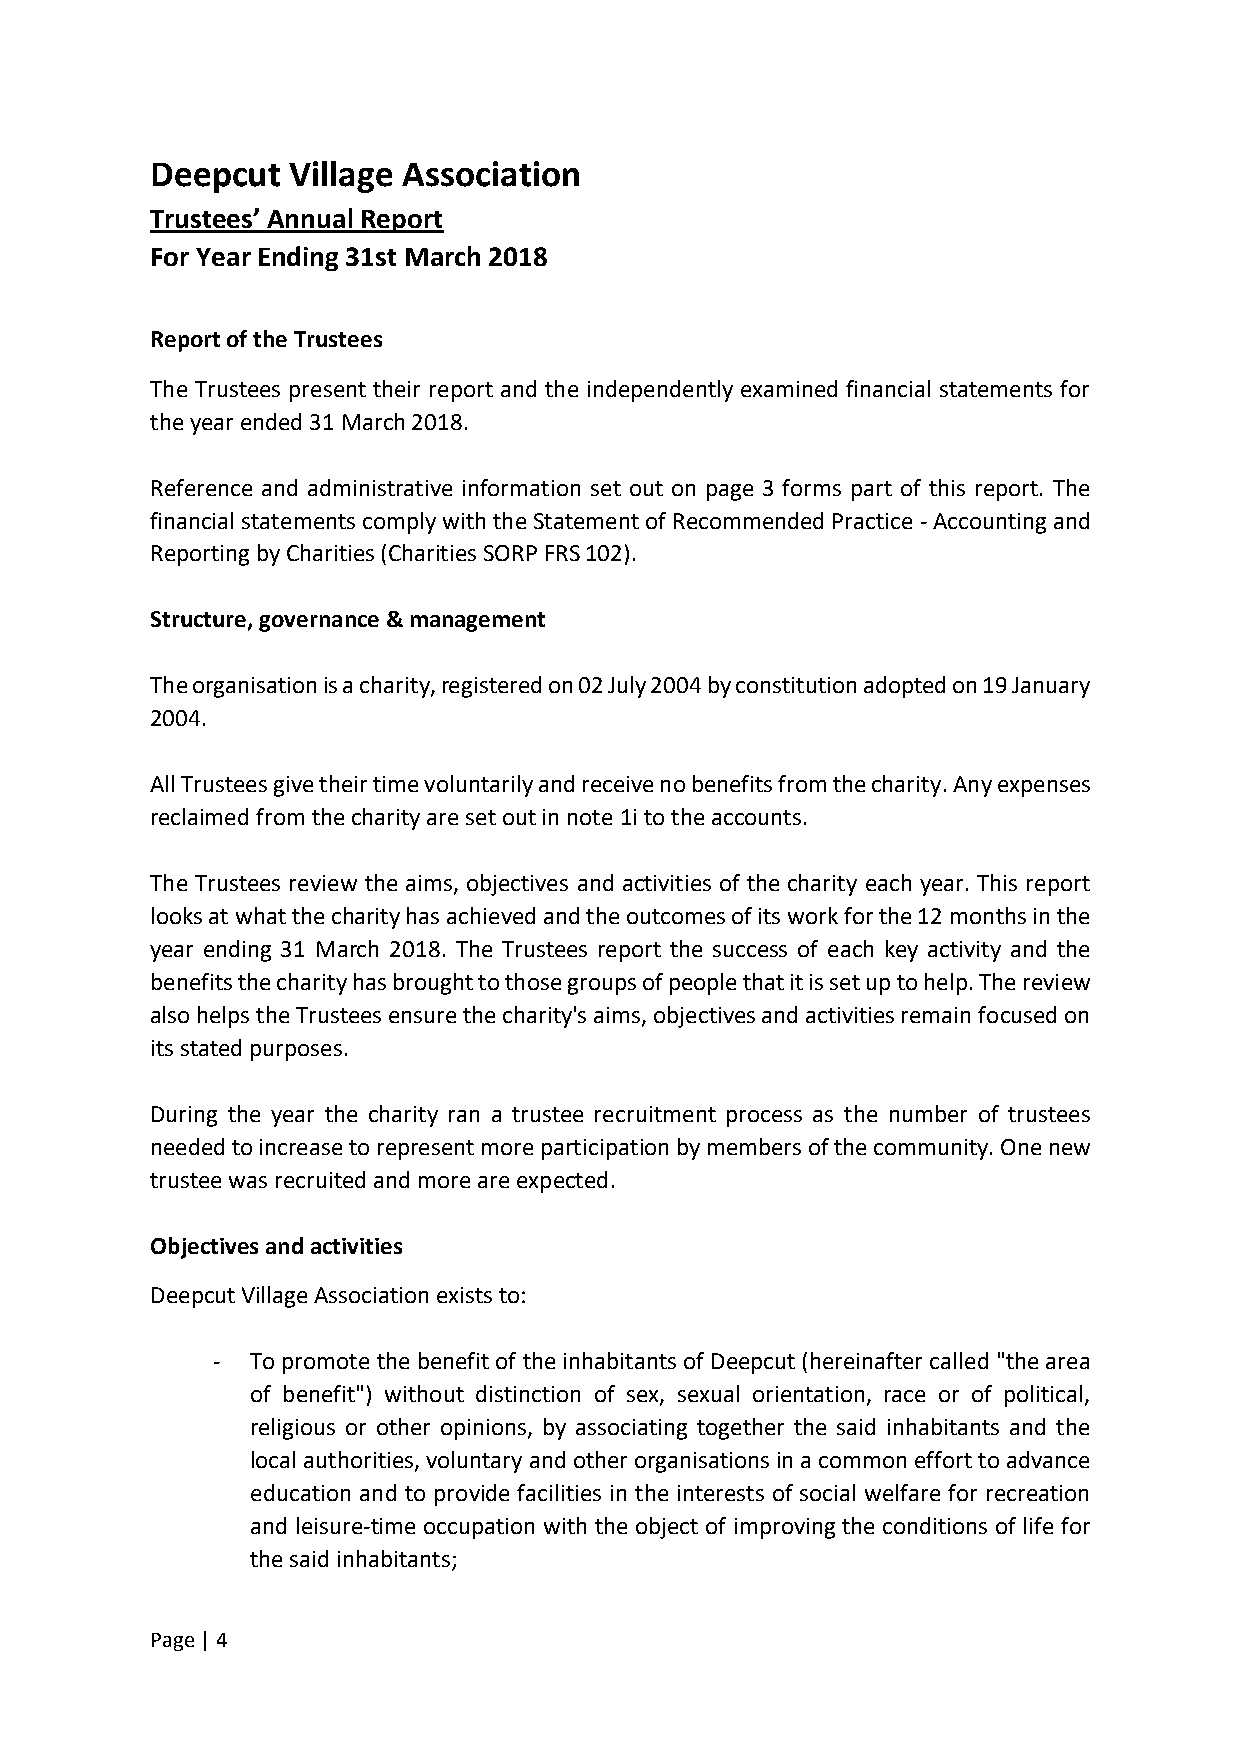
Deepcut  Village Association
 Trustees’ Annual Report
 For Year Ending 31st March 2018
 Report of the Trustees
 The Trustees present their report and the independently examined financial statements for
 the year ended 31 March 2018.
 Reference and administrative information set out on page 3 forms part of this report. The
 financial statements comply with the Statement of Recommended Practice - Accounting and
 Reporting by Charities (Charities SORP FRS 102).
 Structure, governance & management
 The organisation is a charity, registered on 02 July 2004 by constitution adopted on 19 January
 2004.
 All Trustees give their time voluntarily and receive no benefits from the charity. Any expenses
 reclaimed from the charity are set out in note 1i to the accounts.
 The Trustees review the aims, objectives and activities of the charity each year. This report
 looks at what the charity has achieved and the outcomes of its work for the 12 months in the
 year ending 31 March 2018. The Trustees report the success of each key activity and the
 benefits the charity has brought to those groups of people that it is set up to help. The review
 also helps the Trustees ensure the charity's aims, objectives and activities remain focused on
 its stated purposes.
 During the year the charity ran a trustee recruitment process as the number of trustees
 needed to increase to represent more participation by members of the community. One new
 trustee was recruited and more are expected.
 Objectives and activities
 Deepcut Village Association exists to:
 -  To promote the benefit of the inhabitants of Deepcut (hereinafter called "the area
 of benefit") without distinction of sex, sexual orientation, race or of political,
 religious or other opinions, by associating together the said inhabitants and the
 local authorities, voluntary and other organisations in a common effort to advance
 education and to provide facilities in the interests of social welfare for recreation
 and leisure-time occupation with the object of improving the conditions of life for
 the said inhabitants;
 Page | 4